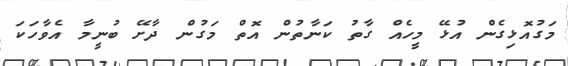
މަގުއޮޅިގެން އުޅޭ މީހެއް ގާތު ކަނާތުން އޮތް މަގުން ދާށޭ ބުނީމާ އެވާހަކަ